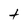
Character: t